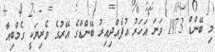
މި ބޭންޑް 1973 ވަނަ އަހަރު އުފެއްދިއިރު ބޭންޑްގެ އޭރުގެ ވެރިޔަކީ ގެމްބިއާ